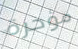
مؤخرة